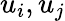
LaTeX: u_{i},u_{j}